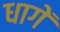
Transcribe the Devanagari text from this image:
धागें